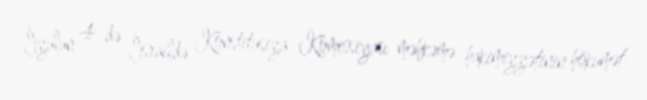
İyulun 4-də İsraildə Konstitusiya Komissiyası məhkəmə hakimiyyətinin hökumət